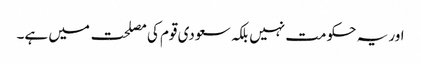
اور یہ حکومت نہیں بلکہ سعودی قوم کی مصلحت میں ہے۔